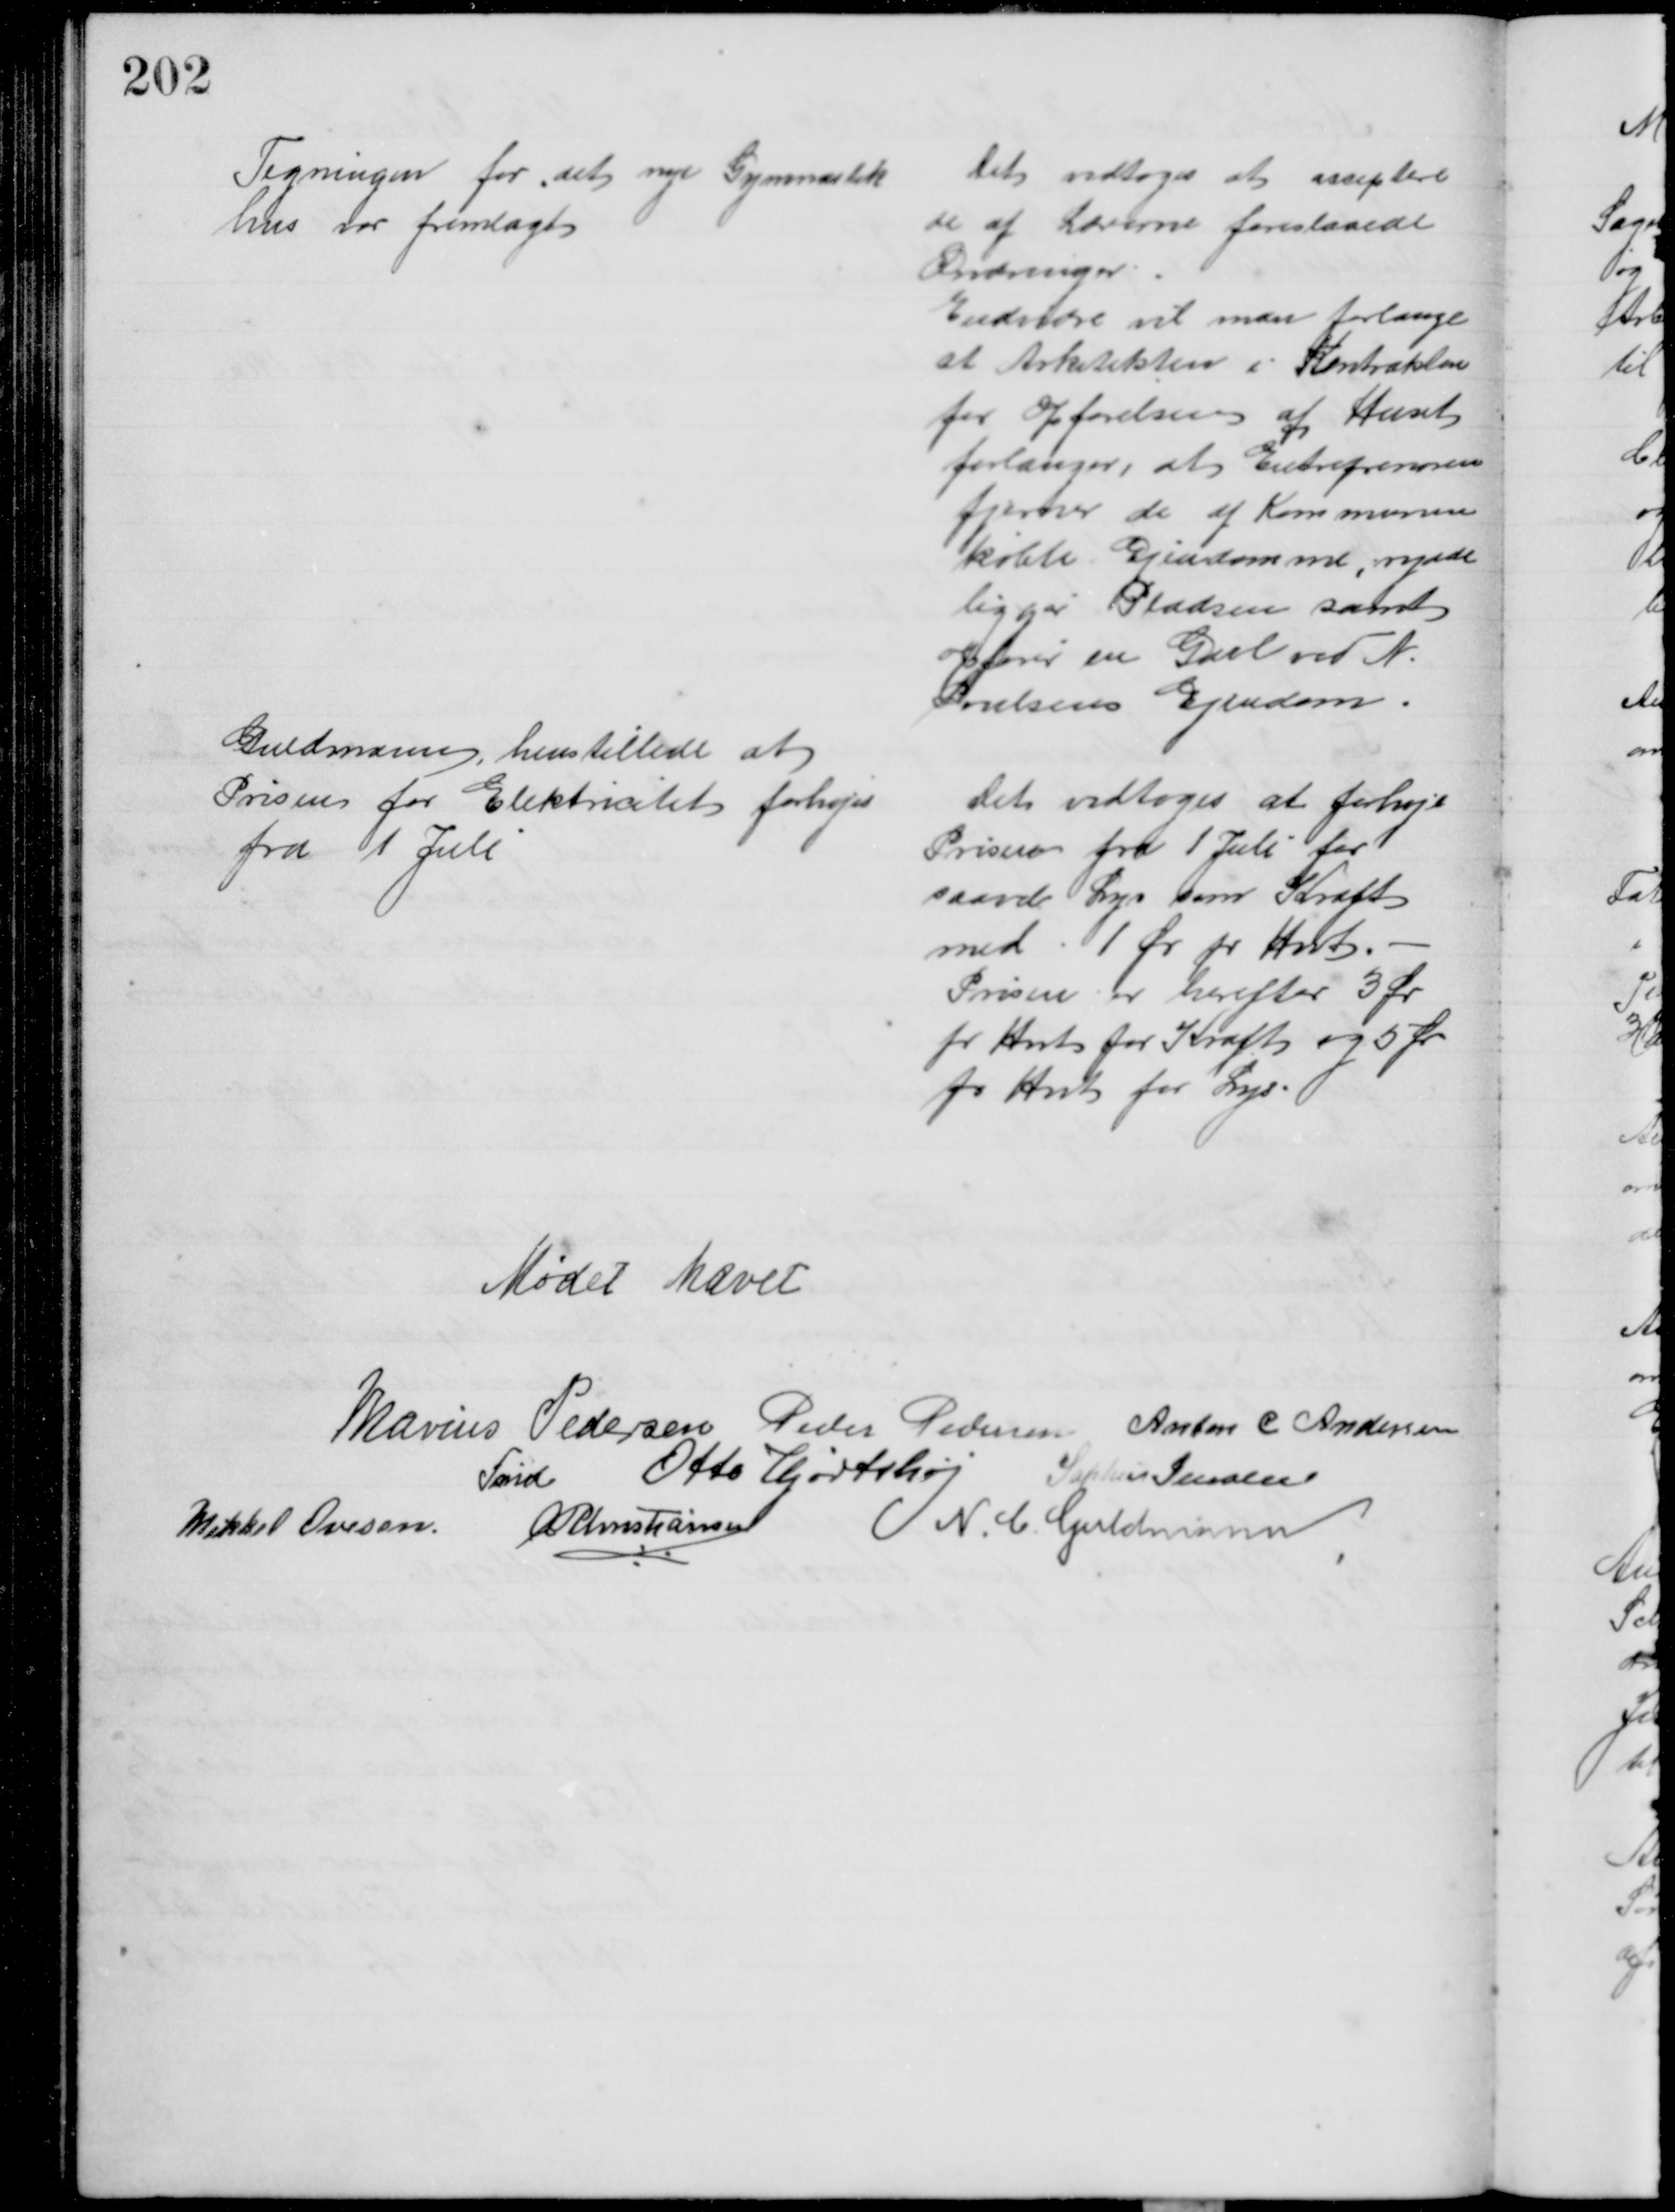
Transskription:
Tegningen for det nye Gymnastik
hus for fremlagt
Det vedtoges at acceptere
de af Lærerne foreslaaede
Ændringer
Endvidre vil man forlange 
at Arkitekten i Kontrakten
for Opførelsen af Huset
forlanger, at Entreprenøren
fjerner de af Kommunen
købte Ejendomme, rydde 
liggør Pladsen samt
opfører en Gavrel ved N.
Poulsens Ejendom
Guldmann, henstillede at
Prisen for Elektricitet forhøjes
fra 1 Juli
Det vedtoges at forhøje
Priser fra 1 Juli for
saavel Lys som Kraft
med 1 Ør pr Hwt.
Prisen er herefter 3 Ør
pr Hwt for Kraft og 5 Ør
pr Hwt for Lys
Mødet hævet
Marius Pedersen 
Fmd
Peder Pedersen Anton C Andersen
Otto Hjortshøj Sophus Jensen
Mikkel Ovesen  A P Christiansen
N. C. Guldmann